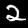
Label: 2